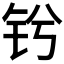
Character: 𫓫